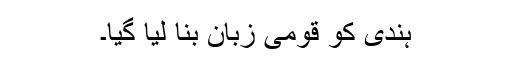
ہندی کو قومی زبان بنا لیا گیا۔